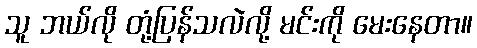
သူ ဘယ်လို တုံ့ပြန်သလဲလို့ မင်းကို မေးနေတာ။